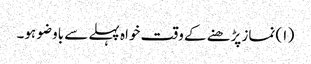
( ۱) نماز پڑھنے کے وقت خواہ پہلے سے باوضو ہو۔